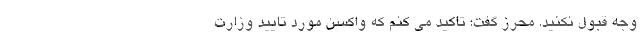
وجه قبول نکنید. محرز گفت: تاکید می کنم که واکسن مورد تایید وزارت